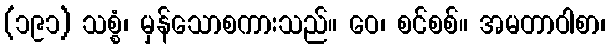
(၁၉၁) သစ္စံ၊ မှန်သောစကားသည်။ ဝေ၊ စင်စစ်။ အမတာဝါစာ၊